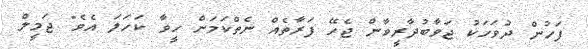
ފަހުން ދުވަހަކު ޖަވާބުދާރީވާން ޖެހޭ ފަރާތެއް ނެތްކަމަށް ހީވާ ކަހަލަ އެވެ" ޖަމީލް